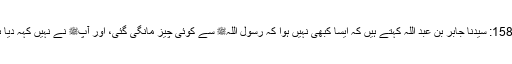
1586: سیدنا جابر بن عبد اللہؓ کہتے ہیں کہ ایسا کبھی نہیں ہوا کہ رسول اللہﷺ سے کوئی چیز مانگی گئی، اور آپﷺ نے نہیں کہہ دیا ہو۔